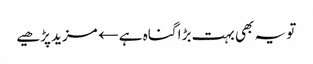
تو یہ بھی بہت بڑا گناہ ہے← مزید پڑھیے